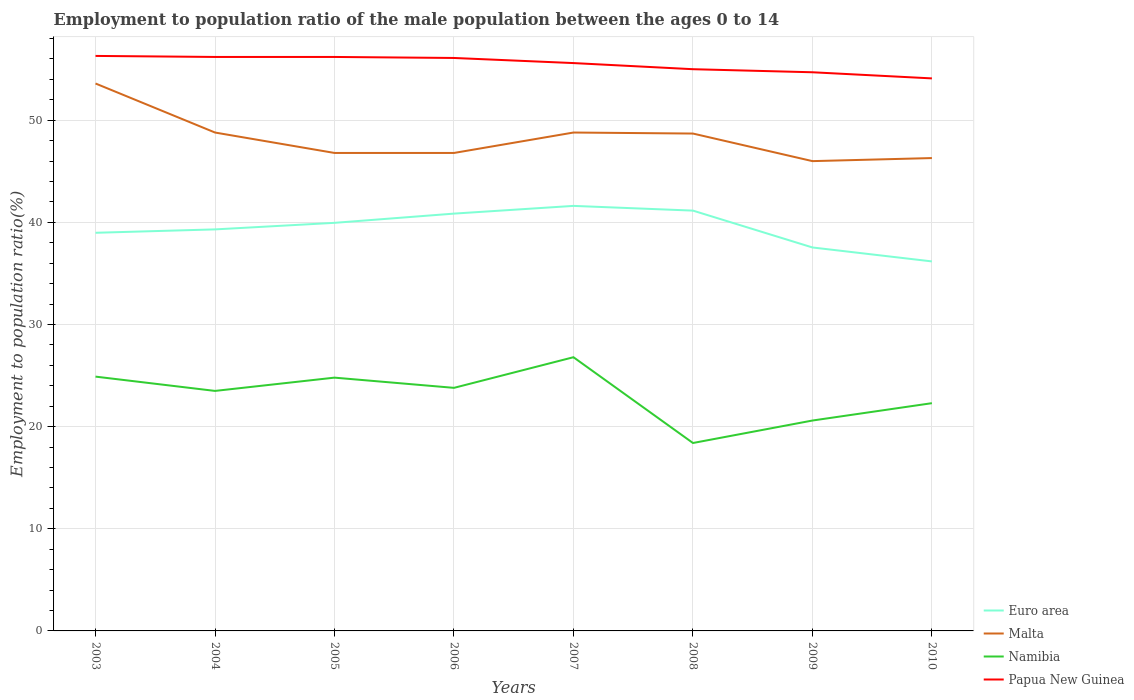
| Years | Euro area | Malta | Namibia | Papua New Guinea |
 | --- | --- | --- | --- | --- |
 | 2003 | 39 | 53.6 | 24.9 | 56.3 |
 | 2004 | 39.3 | 48.8 | 23.5 | 56.2 |
 | 2005 | 40 | 46.8 | 24.8 | 56.2 |
 | 2006 | 40.9 | 46.8 | 23.8 | 56.1 |
 | 2007 | 41.6 | 48.8 | 26.8 | 55.6 |
 | 2008 | 41.2 | 48.7 | 18.4 | 55 |
 | 2009 | 37.5 | 46 | 20.6 | 54.7 |
 | 2010 | 36.2 | 46.3 | 22.3 | 54.1 |